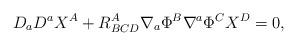
LaTeX: \begin{align*}D_{a}D^{a}X^{A}+R_{BCD}^{A}\nabla _{a}\Phi ^{B}\nabla ^{a}\Phi ^{C}X^{D}=0,\end{align*}